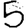
Digit: 5